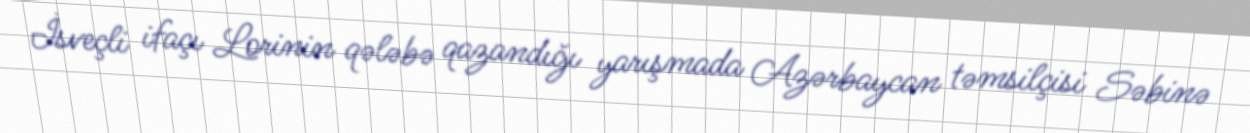
İsveçli ifaçı Lorinin qələbə qazandığı yarışmada Azərbaycan təmsilçisi Səbinə